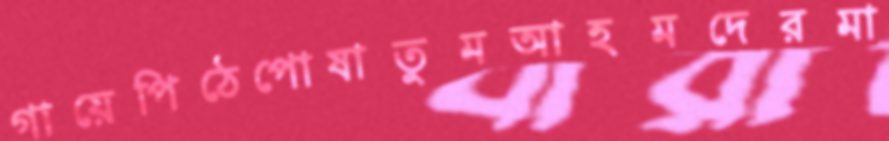
গায়েপিঠেপোষাতুমআহমদেরমা